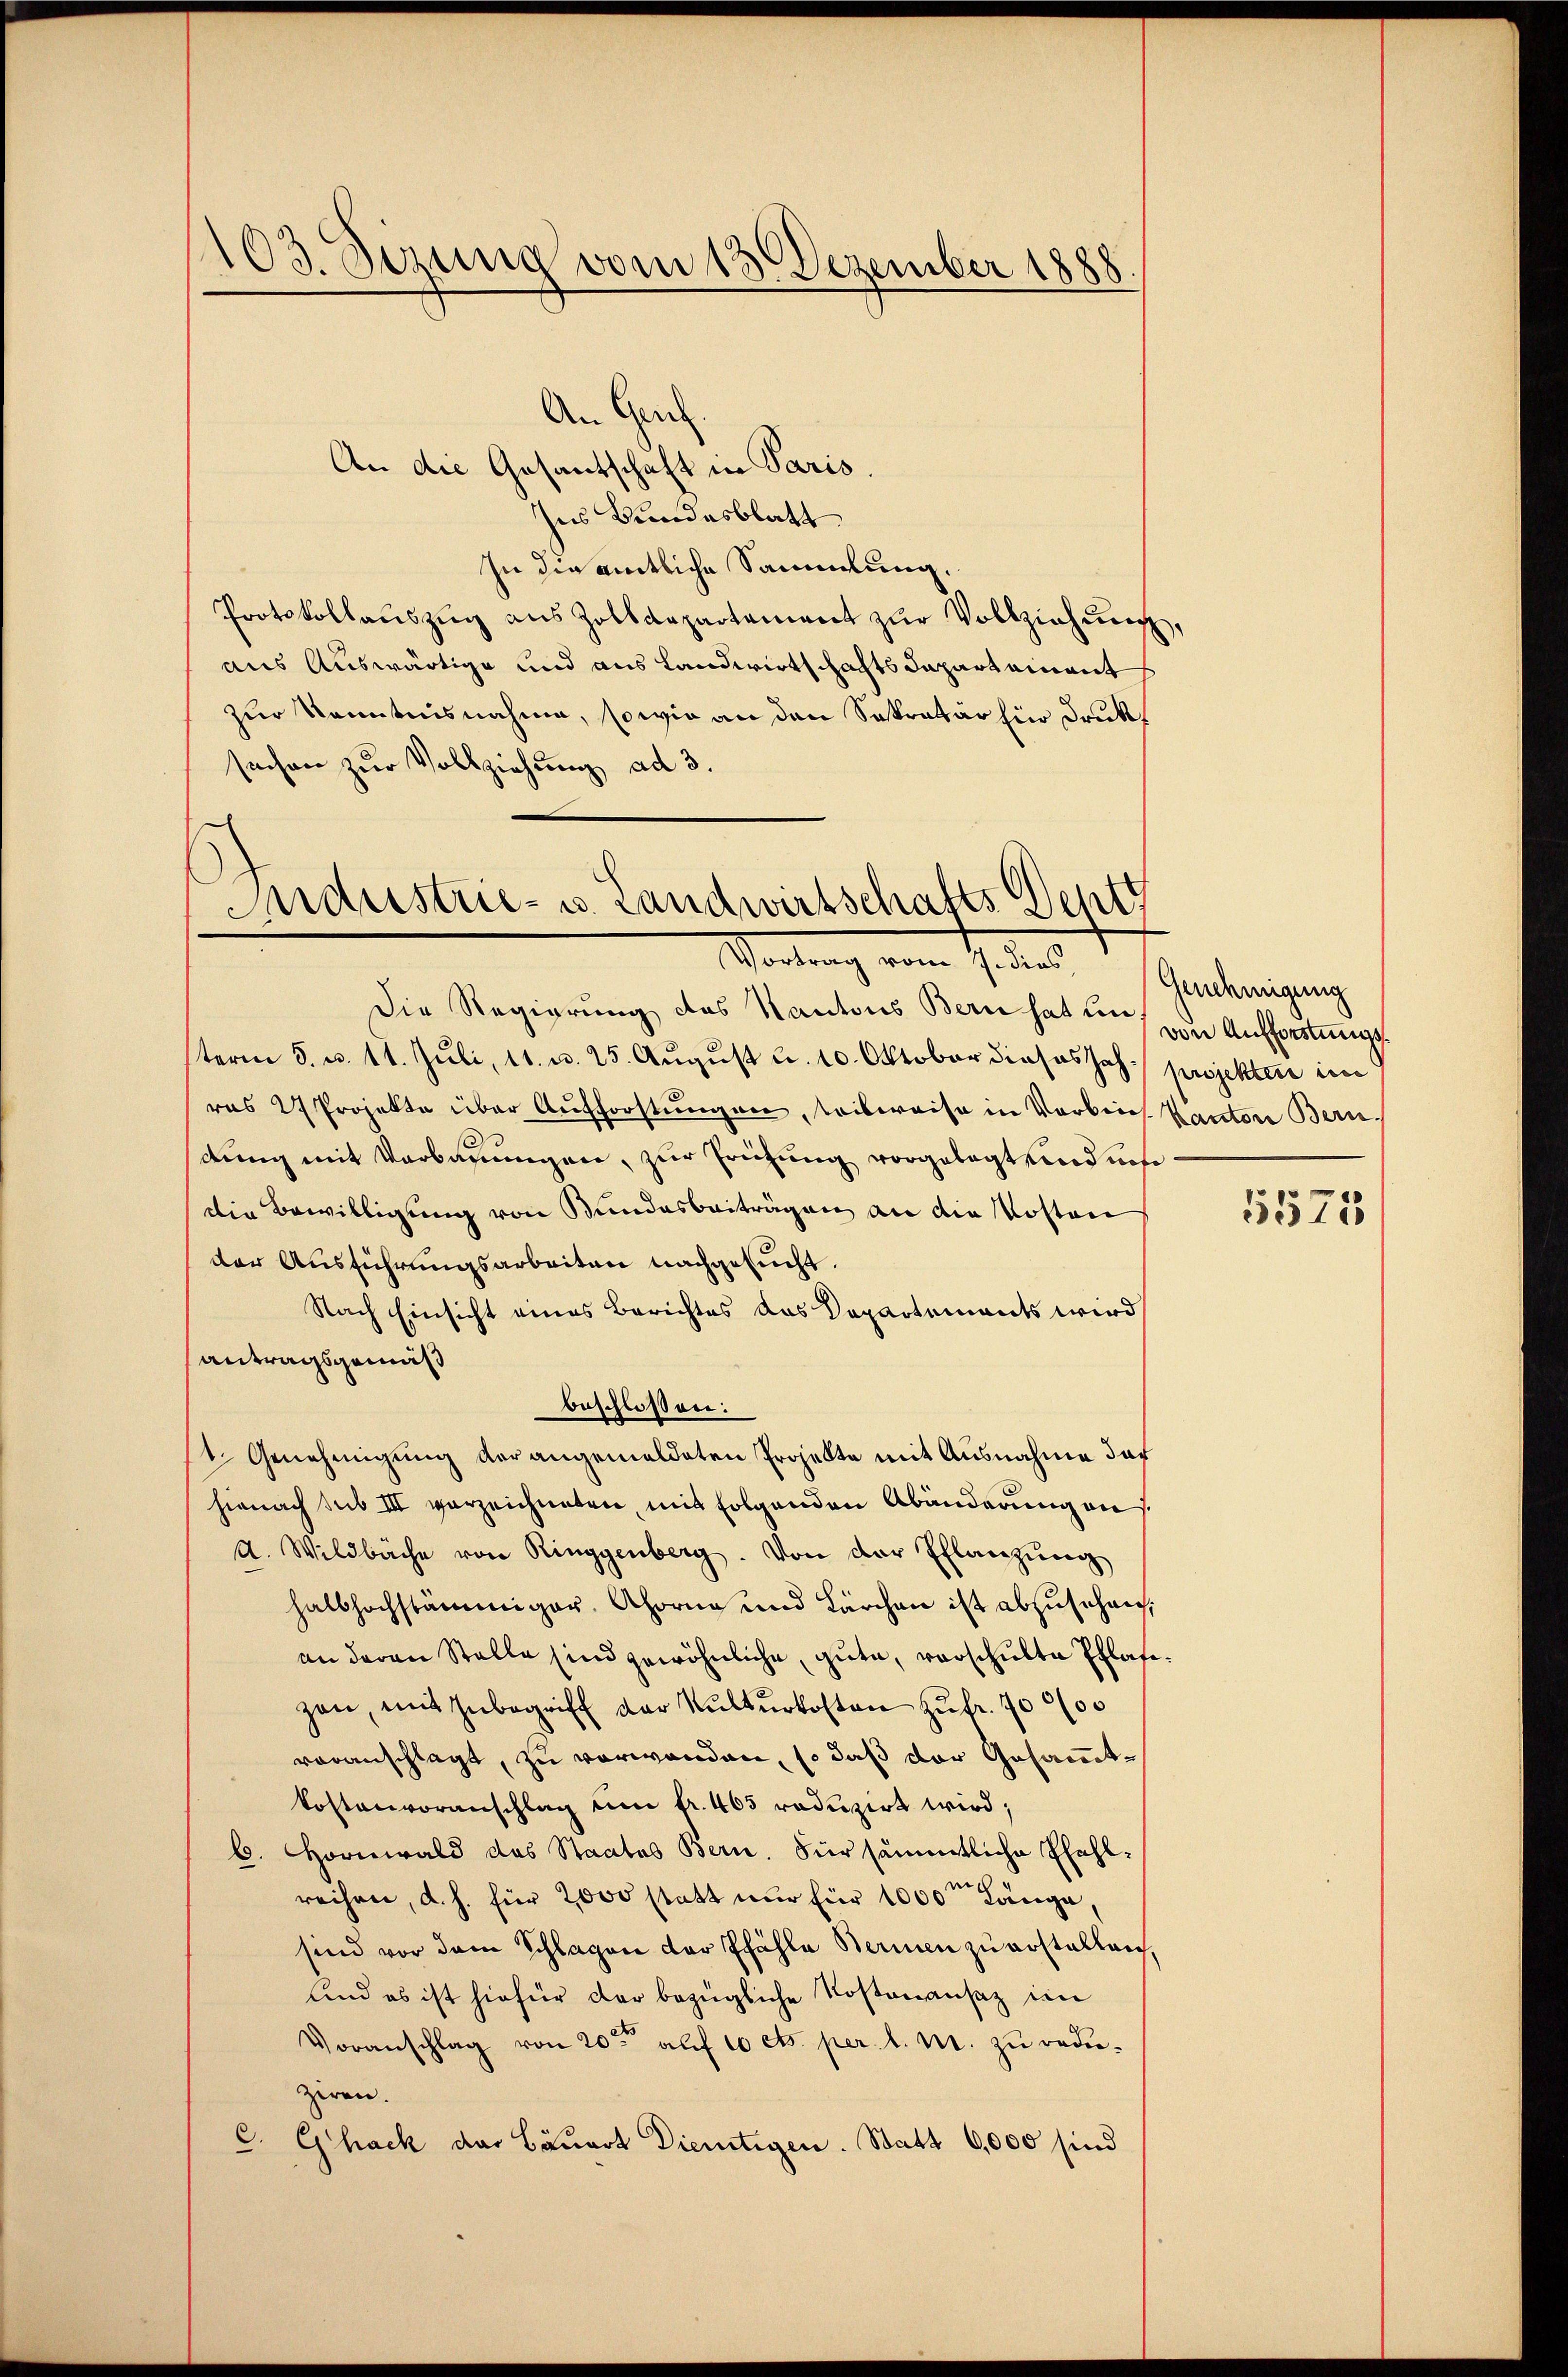
103. Sizung vom 13. Dezember 1888

An die Gesantschaft in Paris.
Ins Bundesblatt
In die amtliche Sammlung.
Protokollauszug aus Zolldepartement zur Vollziehung,
aus Auswärtige und aus Landwirtschafts Capartament
zur Kenntnisnahme, sowie an den Sekretär für Druksachen zur Vollziehung ad 3.

An Gruf.

Industrie- u. Landwirtschafts Deptz
Vortrag vom 7. dies,

Die Regierung des Kantons Bern hat in von Aufforstungsterm 5. u. 11. Juli, 11. u. 25. August u. 10. Oktober dieses Joh. projekten im
ras 2 Projekte über Aufforstungen, teilweise in Vorbrich. Kanton Bern,
dung mit Verbauungen, zur Prüfung vorgelegt und miß
Die Bewilligung von Bundesbeiträgen an die Kosten
der Ausführungsarbeiten nachgesucht.
Nach Einsicht eines Berichtes das Departements wird
antragsgemäß
beschlossen:
1. Genehmigung der angemeldeten Projekte mit Ausnahme dar
hienach sub III vorzeichneten, mit folgenden Abänderung auf
d. Wildbäche von Ringgenberg. Von der Pflanzung
Halbhochstämmiger, Ahorne und Lärchen ist abzusehen,
an deren Stelle sind gewöhnliche, gute, verschulte Pflasizen, mit Inbegriff der Kulturkosten zufr. 10000
veranschlagt, zu verwanden, so daß der Gesammtkostenvoranschlag um fr. 403 reduzirt wird;
6. Hornwald das Staates Bern. Für sämmtliche Pfahl-
reihen, d. h. für 2000 statt nur für 1000' Länge,
sind vor dem Splügen der Pfähle Berinen zu erstallen,
und es ist hiefür der bezügliche Kostenansaz im
Voranschlag von 20te auf 10 cts. per l. M. zu reduziren.
C. Ghack das Bauert Dienstigen. Statt 6,000 sind

Genehmigung

5575